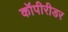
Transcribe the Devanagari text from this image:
कॉपीरीडर